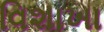
વિશાખા